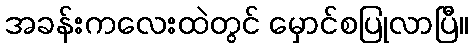
အခန်းကလေးထဲတွင် မှောင်စပြုလာပြီ။